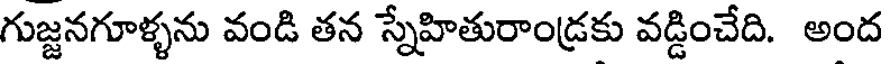
గుజ్జనగూళ్ళను వండి తన స్నేహితురాండ్రకు వడ్డించేది. అంద